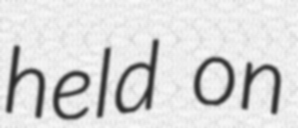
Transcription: held on